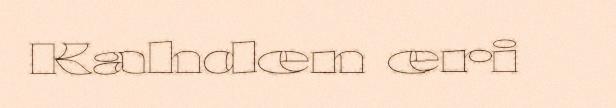
Kahden eri